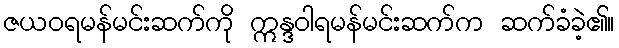
ဇယဝရမန်မင်းဆက်ကို ဣန္ဒဝါရမန်မင်းဆက်က ဆက်ခံခဲ့၏။